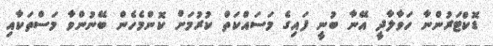
ޑޮކްޓަރުންނާ ހަވާލާދީ އޭނާ ބުނީ ފައިގެ މަސައްކަތް ކުރުމަށް ކޮންމެހެން ބޭނުންވާ މަސްތަކާއި